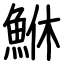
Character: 鮴